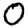
Digit: 0